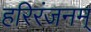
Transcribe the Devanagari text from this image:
हरिरंजनम्